Indian journal of veterinary science and animal husbandry - Volumes 18-21, 1948-1951
Year: 1948
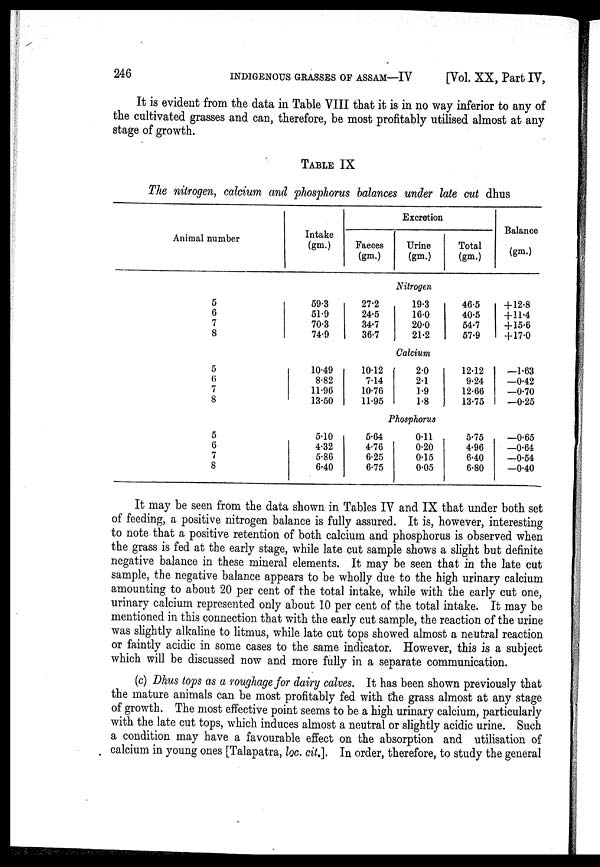
246
INDIGENOUS GRASSES OF ASSAM—IV
[Vol. XX, Part IV,
It is evident from the data in Table VIII that it is in no way inferior to any of
the cultivated grasses and can, therefore, be most profitably utilised almost at any
stage of growth.
TABLE IX
The nitrogen, calcium and phosphorus balances under late cut dhus
Animal number
Intake
(gm.)
Excretion
Faeces
(gm.)
Urine
(gm.)
Total
(gm.)
Balance
(gm.)
Nitrogen
5
6
7
8
59.3
51.9
70.3
74.9
27.2
24.5
34.7
36.7
19.3
16.0
20.0
21.2
46.5
40.5
54.7
57.9
+12.8
+ 11.4
+15.6
+17.0
Calcium
5
6
7
8
10.49
8.82
11.96
13.50
10.12
7.14
10.76
11.95
2.0
2.1
1.9
1.8
12.12
9.24
12.66
13.75
—1.63
—0.42
—0.70
—0.25
Phosphorus
5
6
7
8
5.10
4.32
5.86
6.40
5.64
4.76
6.25
6.75
0.11
0.20
0.15
0.05
5.75
4.96
6.40
6.80
—0.65
—0.64
—0.54
—0.40
It may be seen from the data shown in Tables IV and IX that under both set
of feeding, a positive nitrogen balance is fully assured. It is, however, interesting
to note that a positive retention of both calcium and phosphorus is observed when
the grass is fed at the early stage, while late cut sample shows a slight but definite
negative balance in these mineral elements. It may be seen that in the late cut
sample, the negative balance appears to be wholly due to the high urinary calcium
amounting to about 20 per cent of the total intake, while with the early cut one,
urinary calcium represented only about 10 per cent of the total intake. It may be
mentioned in this connection that with the early cut sample, the reaction of the urine
was slightly alkaline to litmus, while late cut tops showed almost a neutral reaction
or faintly acidic in some cases to the same indicator. However, this is a subject
which will be discussed now and more fully in a separate communication.
(c) Dhus tops as a roughage for dairy calves. It has been shown previously that
the mature animals can be most profitably fed with the grass almost at any stage
of growth. The most effective point seems to be a high urinary calcium, particularly
with the late cut tops, which induces almost a neutral or slightly acidic urine. Such
a condition may have a favourable effect on the absorption and utilisation of
calcium in young ones [Talapatra, loc. cit.]. In order, therefore, to study the general